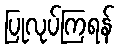
ပြုလုပ်ကြရန်